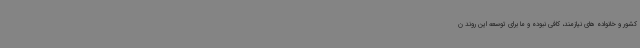
کشور و خانواده های نیازمند، کافی نبوده و ما برای توسعه این روند ن